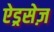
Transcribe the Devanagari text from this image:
ऐड्रसेज़